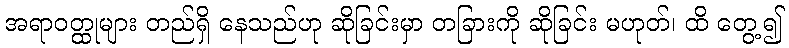
အရာဝတ္ထုများ တည်ရှိ နေသည်ဟု ဆိုခြင်းမှာ တခြားကို ဆိုခြင်း မဟုတ်၊ ထိ တွေ့၍